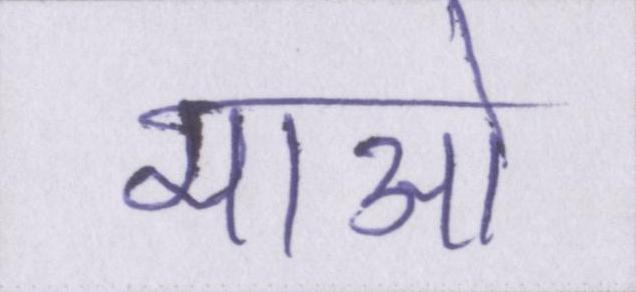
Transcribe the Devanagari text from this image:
माओ